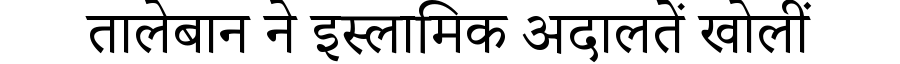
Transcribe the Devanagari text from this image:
तालेबान ने इस्लामिक अदालतें खोलीं